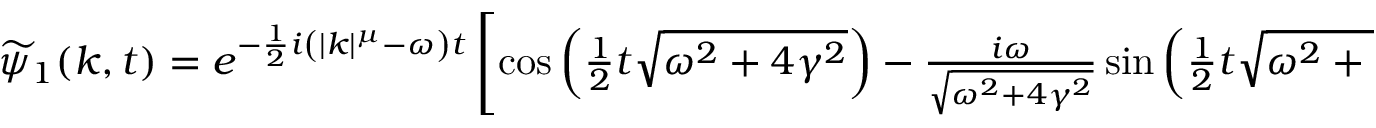
\begin{array} { r } { \widetilde { \psi } _ { 1 } ( k , t ) = e ^ { - \frac { 1 } { 2 } i \left( | k | ^ { \mu } - \omega \right) t } \left[ \cos \left( \frac { 1 } { 2 } t \sqrt { \omega ^ { 2 } + 4 \gamma ^ { 2 } } \right) - \frac { i \omega } { \sqrt { \omega ^ { 2 } + 4 \gamma ^ { 2 } } } \sin \left( \frac { 1 } { 2 } t \sqrt { \omega ^ { 2 } + 4 \gamma ^ { 2 } } \right) \right] \widetilde { \varphi } _ { 1 } ( k ) \; , } \end{array}